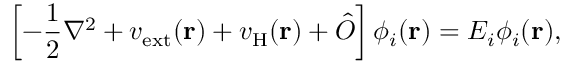
\left[ - \frac { 1 } { 2 } \nabla ^ { 2 } + v _ { \mathrm { e x t } } ( \mathbf { r } ) + v _ { \mathrm { H } } ( \mathbf { r } ) + \hat { O } \right] \phi _ { i } ( \mathbf { r } ) = E _ { i } \phi _ { i } ( \mathbf { r } ) ,